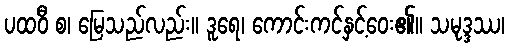
ပထဝီ စ၊ မြေသည်လည်း။ ဒူရေ၊ ကောင်းကင်နှင့်ဝေး၏။ သမုဒ္ဒဿ၊